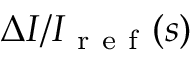
\Delta I / I _ { \mathrm { ~ r ~ e ~ f ~ } } ( s )